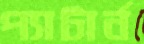
প্যাটার্ন